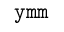
\mathtt { y m m }